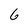
Character: 6